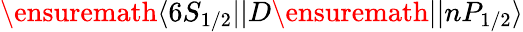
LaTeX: \ensuremath{\langle 6S_{1/2}||}D\ensuremath{||nP_{1/2}\rangle}